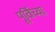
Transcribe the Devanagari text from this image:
पूर्विच्या